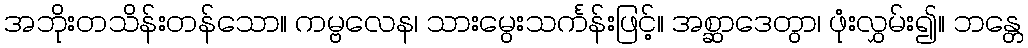
အဘိုးတသိန်းတန်သော။ ကမ္ဗလေန၊ သားမွေးသင်္ကန်းဖြင့်။ အစ္ဆာဒေတွာ၊ ဖုံးလွှမ်း၍။ ဘန္တေ